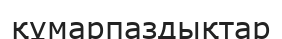
құмарпаздықтар